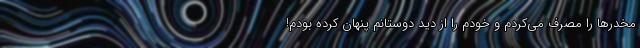
مخدر‌ها را مصرف می‌کردم و خودم را از دید دوستانم پنهان کرده بودم!